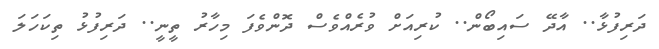
ދަރިފުޅާ.. އާދޭ ސައިބޯން.. ކުރިއަށް ވުރެއްވެސް ދޮންވެފަ މިހާރު ތީނީ.. ދަރިފުޅު ތިކަހަލަ